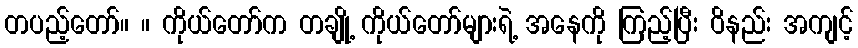
တပည့်တော်။ ။ ကိုယ်တော်က တချို့ ကိုယ်တော်များရဲ့ အနေကို ကြည့်ပြီး ဝိနည်း အကျင့်